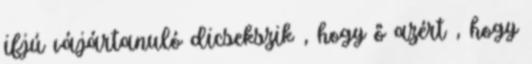
ifjú vájártanuló dicsekszik , hogy ő azért , hogy